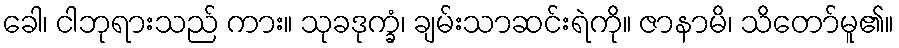
ခေါ၊ ငါဘုရားသည် ကား။ သုခဒုက္ခံ၊ ချမ်းသာဆင်းရဲကို။ ဇာနာမိ၊ သိတော်မူ၏။